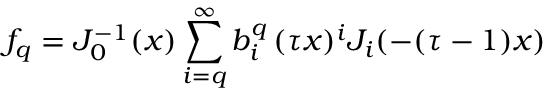
f _ { q } = J _ { 0 } ^ { - 1 } ( x ) \sum _ { i = q } ^ { \infty } b _ { i } ^ { q } \, ( \tau x ) ^ { i } J _ { i } ( - ( \tau - 1 ) x )